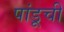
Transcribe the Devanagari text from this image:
पांडूची